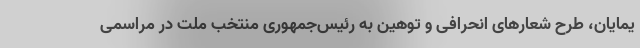
یمایان، طرح شعارهای انحرافی و توهین به رئیس‌جمهوری منتخب ملت در مراسمی